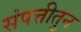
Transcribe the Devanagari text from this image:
संपत्तीतुन